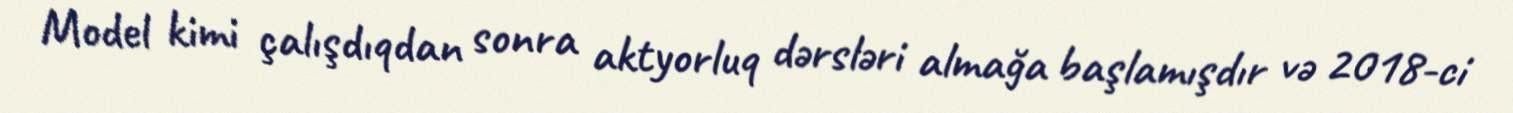
Model kimi çalışdıqdan sonra aktyorluq dərsləri almağa başlamışdır və 2018-ci